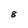
Character: 8